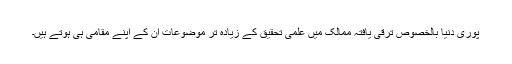
پوری دنیا بالخصوص ترقی یافتہ ممالک میں علمی تحقیق کے زیادہ تر موضوعات اُن کے اپنے مقامی ہی ہوتے ہیں۔